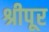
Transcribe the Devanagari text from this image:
श्रीपूर